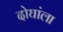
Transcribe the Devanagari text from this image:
दोघांला